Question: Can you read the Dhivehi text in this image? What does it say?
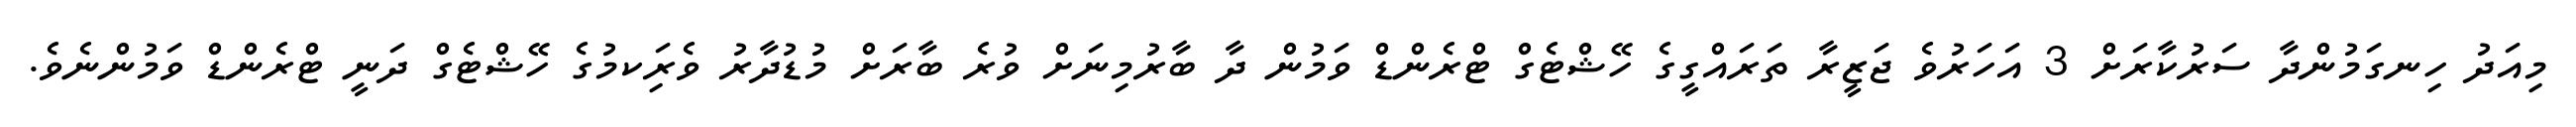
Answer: މިއަދު ހިނގަމުންދާ ސަރުކާރަށް 3 އަހަރުވެ ޖަޒީރާ ތަރައްގީގެ ހޭޝްޓެގް ޓްރެންޑް ވަމުން ދާ ބާރުމިނަށް ވުރެ ބާރަށް މުޑުދާރު ވެރިަކމުގެ ހޭޝްޓެގް ދަނީ ޓްރެންޑް ވަމުންނެވެ.